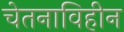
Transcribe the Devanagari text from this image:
चेतनाविहीन